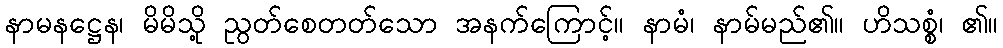
နာမနဋ္ဌေန၊ မိမိသို့ ညွတ်စေတတ်သော အနက်ကြောင့်။ နာမံ၊ နာမ်မည်၏။ ဟိသစ္စံ၊ ၏။